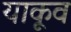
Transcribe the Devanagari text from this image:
याकूव